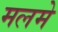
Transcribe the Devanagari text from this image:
मलमे